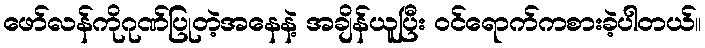
ဖော်လန်ကိုဂုဏ်ပြုတဲ့အနေနဲ့ အချိန်ယူပြီး ဝင်ရောက်ကစားခဲ့ပါတယ်။